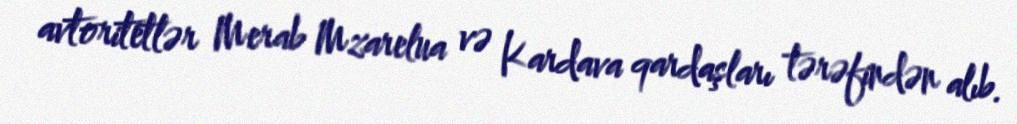
avtoritetlər Merab Mzarelua və Kardava qardaşları tərəfindən alıb.